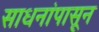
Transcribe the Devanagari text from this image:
साधनांपासून